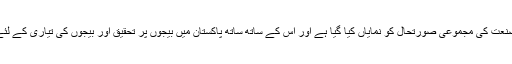
احمد رضا کے مضمون میں پاکستان میں بیج سازی کی صنعت کی مجموعی صورتحال کو نمایاں کیا گیا ہے اور اس کے ساتھ ساتھ پاکستان میں بیجوں پر تحقیق اور بیجوں کی تیاری کے لئے ٹیکنالوجی میں درپیش چیلنجوں پر روشنی ڈالی گئی ہے۔